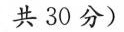
共30分)